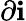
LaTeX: \partial\mathbf{i}